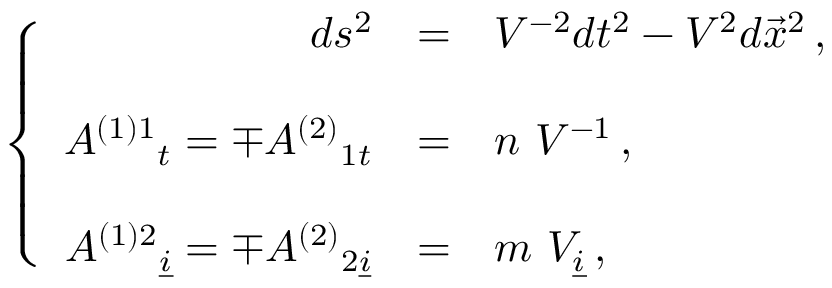
\left\{ \begin{array} { r c l } { { d s ^ { 2 } } } & { { = } } & { { V ^ { - 2 } d t ^ { 2 } - V ^ { 2 } d \vec { x } ^ { 2 } \, , } } \\ { { } } & { { } } & { { } } \\ { { A ^ { ( 1 ) 1 } { } _ { t } = \mp A ^ { ( 2 ) } { } _ { 1 t } } } & { { = } } & { { n \ V ^ { - 1 } \, , } } \\ { { } } & { { } } & { { } } \\ { { A ^ { ( 1 ) 2 } { } _ { \underline { { { i } } } } = \mp A ^ { ( 2 ) } { } _ { 2 \underline { { { i } } } } } } & { { = } } & { { m \ V _ { \underline { { { i } } } } \, , } } \end{array} \right.